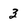
Character: 3